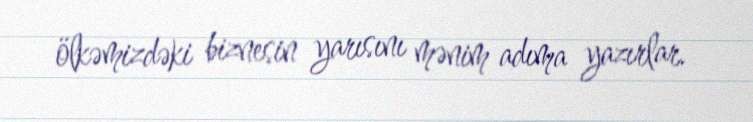
ölkəmizdəki biznesin yarısını mənim adıma yazırlar.